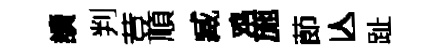
讀判荳順臧鸡施莭亾趾